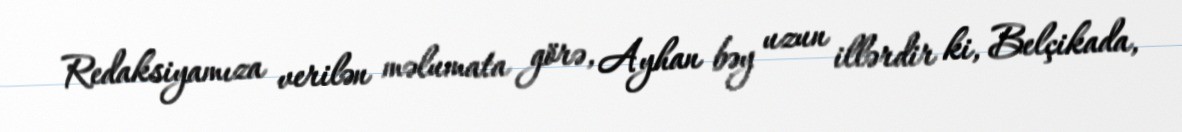
Redaksiyamıza verilən məlumata görə, Ayhan bəy uzun illərdir ki, Belçikada,